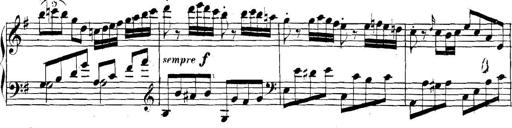
Title: Collected Piano Sonatas
Composer: Muzio Clementi